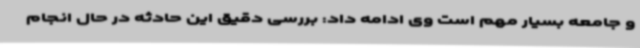
و جامعه بسیار مهم است وی ادامه داد: بررسی دقیق این حادثه در حال انجام